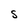
Character: S